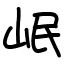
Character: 岷